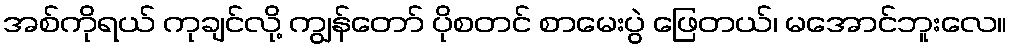
အစ်ကိုရယ် ကုချင်လို့ ကျွန်တော် ပိုစတင် စာမေးပွဲ ဖြေတယ်၊ မအောင်ဘူးလေ။